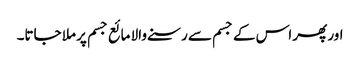
اور پھر اس کے جسم سے رسنے والا مائع جسم پر ملا جاتا۔